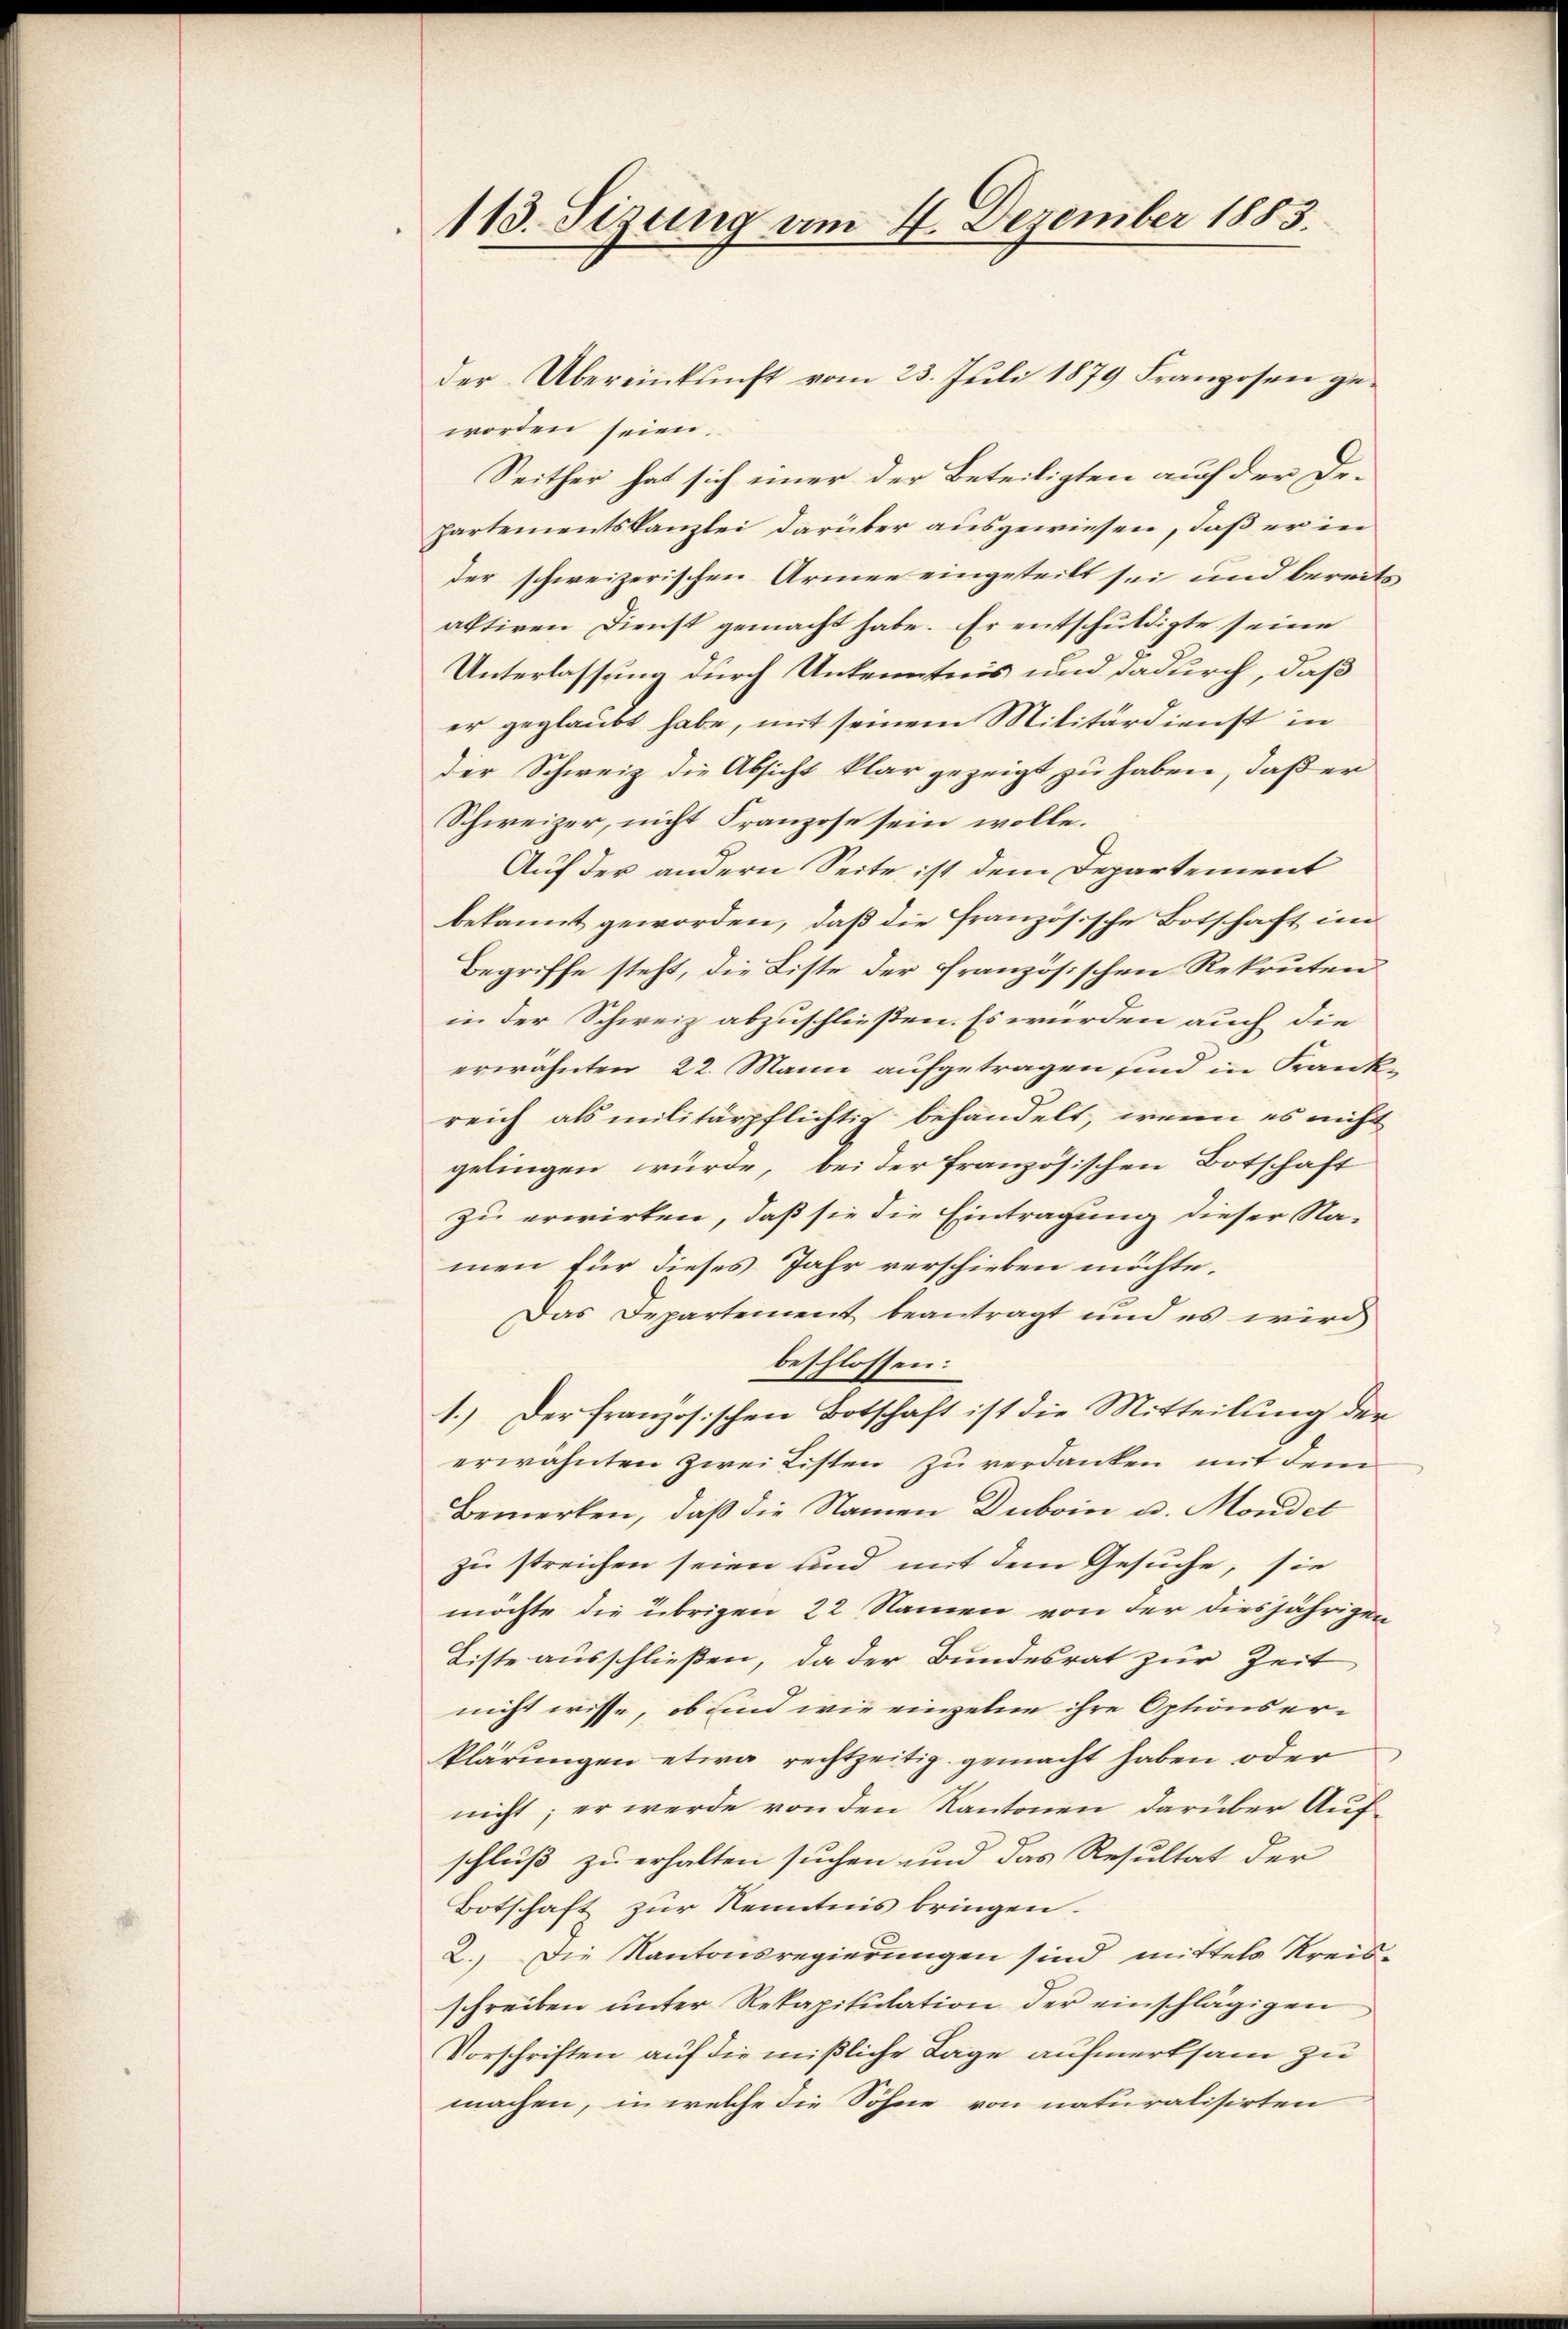
113. Sizung am 4. Dezember 1883.

der Übereinkunft vom 23. Juli 1879 Franzosen ge-
worden seien.
Seither hat sich einer der Beteiligten auf der De¬
Partementskanzlei darüber ausgewiesen, daß er in
der schweizerischen Armee eingeteilt sei und bereits
altiren Dienst gemacht habe. Er entschuldigte seine
Unterlassung durch Unkenntnis und dadurch, daß
er geglaubt habe, mit seinem Militärdienst in
Der Schweiz die Absicht klar gezeigt zu haben, daß er
Schweizer, nicht Franzose sein wolle.
Auf der andern Seite ist dem Departement
bekannt geworden, daß die französische Botschaft im
Begriffe steht, die Liste der französischen Rekruten
in der Schweiz abzuschließen. Es wurden auch die
erwähnten 22. Mann aufgetragen sind in Frankreich als militärpflichtig behandelt, wenn es nicht
gelingen würde, bei der französischen Botschaft
zu erwirken, daß sie die Eintragung dieser Na-
men für dieses Jahr verschieben möchte.
Das Departement beantragt und es wird
beschlossen:
1.) Der französischen Botschaft ist die Mitteilung der
erwähnten zwei Listen zu verdanken mit dem
Bemerken, daß die Namen Duboin u. Mondet
zu streichen seien und mit dem Gesuche, sie
möchte die übrigen 22 Namen von der diesjährigen
Liste ausschließen, da der Bundesrat zur Zeit
nicht wisse, ob sind wie einzelne ihre Optionser-
klärungen etwa rechtzeitig gemacht haben oder
nicht; er werde von den Kantonen darüber Aufschluß zu erhalten suchen und das Resultat der
Botschaft zur Kenntnis bringen.
2. Die Kantonsregierungen sind mittels Kreisschreiben ŭnter Rekapitulation der einschlägigen
Vorschriften auf die mißliche Lage aufmerksam zu
machen, in welche die Söhne von naturalisirten